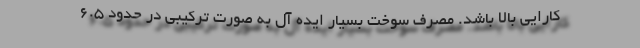
کارایی بالا باشد. مصرف سوخت بسیار ایده آل به صورت ترکیبی در حدود 6.5